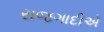
રાજગાદીએ